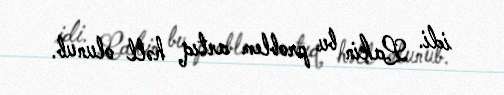
idi. Lakin bu problem artıq həll olunub.